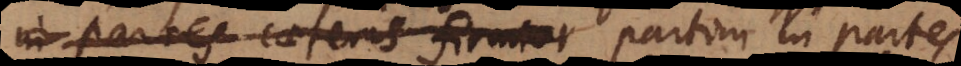
in partes caeteris firmior partim in partes